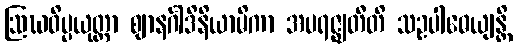
ဩဃဝိပ္ပယုတ္တာ ဈာနင်္ဂါဒိနိယာမိကာ အပရဇ္ဈတီတိ သဥပါဓေယျန္တိ